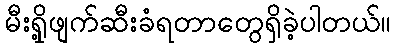
မီးရှို့ဖျက်ဆီးခံရတာတွေရှိခဲ့ပါတယ်။